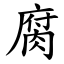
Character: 腐